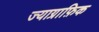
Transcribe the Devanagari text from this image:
ज्याग्राफ़िक